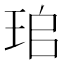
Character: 𤤷